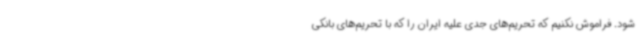
شود. فراموش نکنیم که تحریم‌های جدی علیه ایران را که با تحریم‌های بانکی